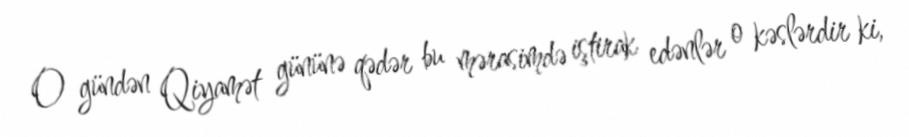
O gündən Qiyamət gününə qədər bu mərasimdə iştirak edənlər o kəslərdir ki,